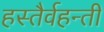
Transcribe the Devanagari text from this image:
हस्तैर्वहन्तीं